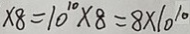
\times 8 = 1 0 ^ { 1 0 } \times 8 = 8 \times 1 0 ^ { 1 0 }